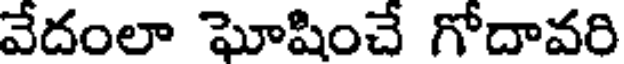
వేదంలా ఘోషించే గోదావరి